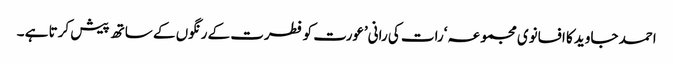
احمد جاوید کا افسانوی مجموعہ ‘رات کی رانی’عورت کو فطرت کے رنگوں کے ساتھ پیش کرتا ہے ۔